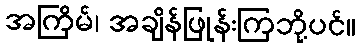
အကြိမ်၊ အချိန်ဖြုန်းကြဘို့ပင်။